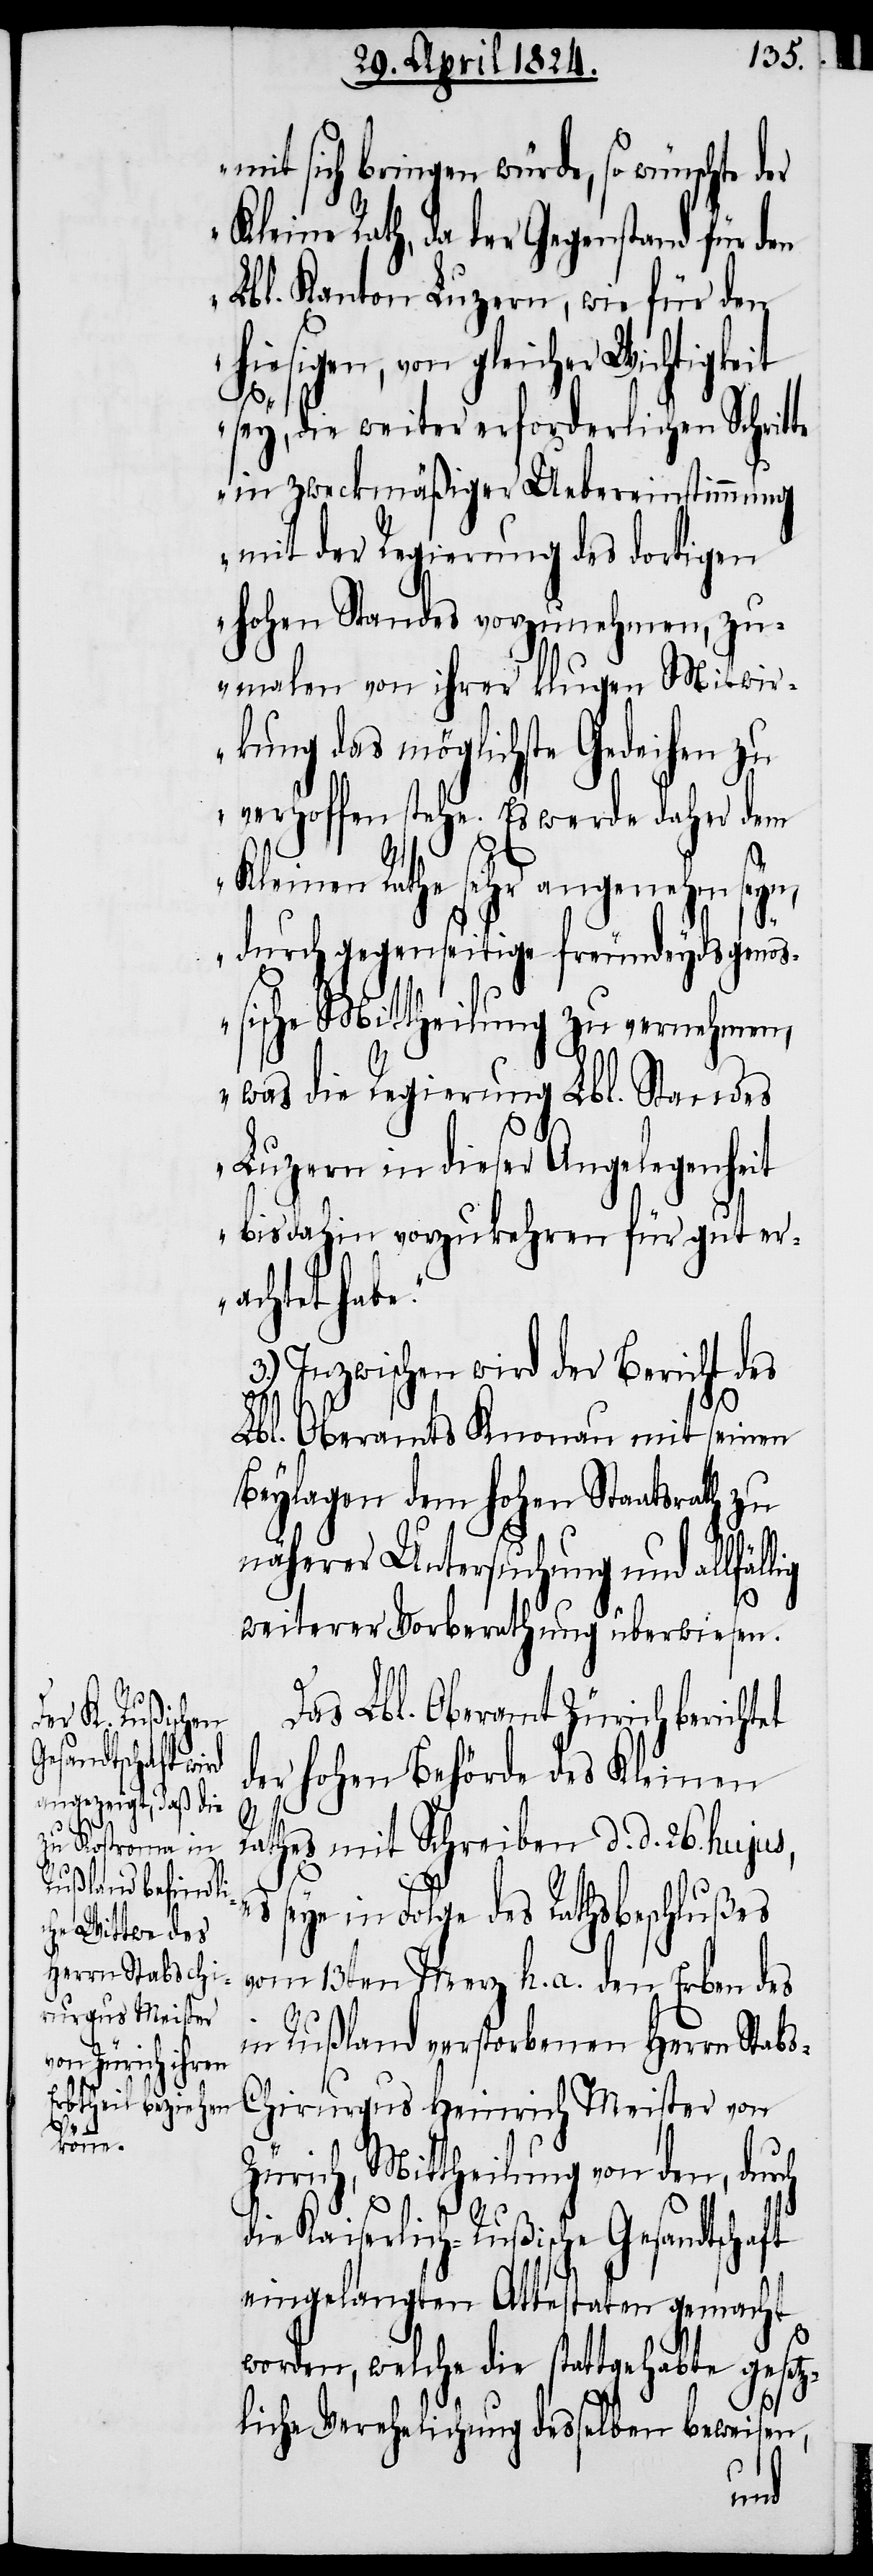
der

mit sich bringen würde, so wünschte
Kleine Rath, da der Gegenstand für den
Lbl. Kanton Luzern, wie für den
hiesigen, von gleicher Wichtigkeit
e.“
sey, die weiter erforderlichen Schritte
in zweckmäßiger Uebereinstimmung
mit der Regierung des dortigen
hohen Standes vorzunehmen, zu¬
malen von ihrer klugen Mitwir¬
kung das möglichste Gedeihen zu
verhoffen stehe. Es werde daher dem
Kleinen Rathe sehr angenehm seyn,
durch gegenseitige freundsyedsgenöß¬
ische Mittheilung zu vernehmen,
was die Regierung Lbl. Standes
Luzern in dieser Angelegenheit
bis dahin vorzukehren für gut er¬
achtet hab¬
3.) Inzwischen wird der Bericht des
Lbl. Oberamts Knonau mit seinen
Beylagen dem hohen Staatsrath zu
näherer Untersuchung und allfäl¬
weiterer Vorberathung überwiesen.
Das Lbl. Oberamt Zürich berichtet
der hohen Behörde des Kleinen
Rathes mit Schreiben d. d. 26. hujus,
seye in Folge des Rathsbeschlußes
vom 13ten Merz h. a. den Erben des
in Rußland verstorbenen Herrn Stab¬
s-Chirurgus Heinrich Meister von
Zürich, Mittheilung von den, durch
die Kaiserlich-Rußische Gesandtschaft
eingelangten Attestaten gemacht
worden, welche die stattgehabte geset¬
zliche Verehelichung desselben beweisen,
lig